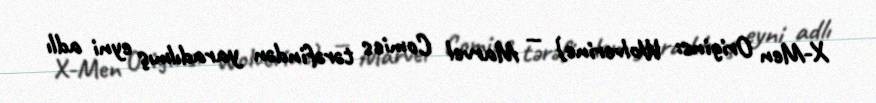
X-Men Origins: Wolverine) — Marvel Comics tərəfindən yaradılmış eyni adlı